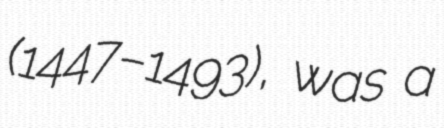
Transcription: (1447–1493), was a